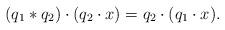
LaTeX: \begin{align*}(q_1 \ast q_2) \cdot (q_2 \cdot x) = q_2 \cdot (q_1 \cdot x).\end{align*}